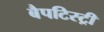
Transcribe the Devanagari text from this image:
बैपटिस्ट्री